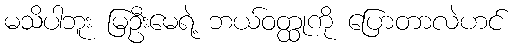
မသိပါဘူး မြဦးမေရဲ့ ဘယ်ဝတ္ထုကို ပြောတာလဲဟင်